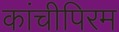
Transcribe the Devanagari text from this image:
कांचीपिरम